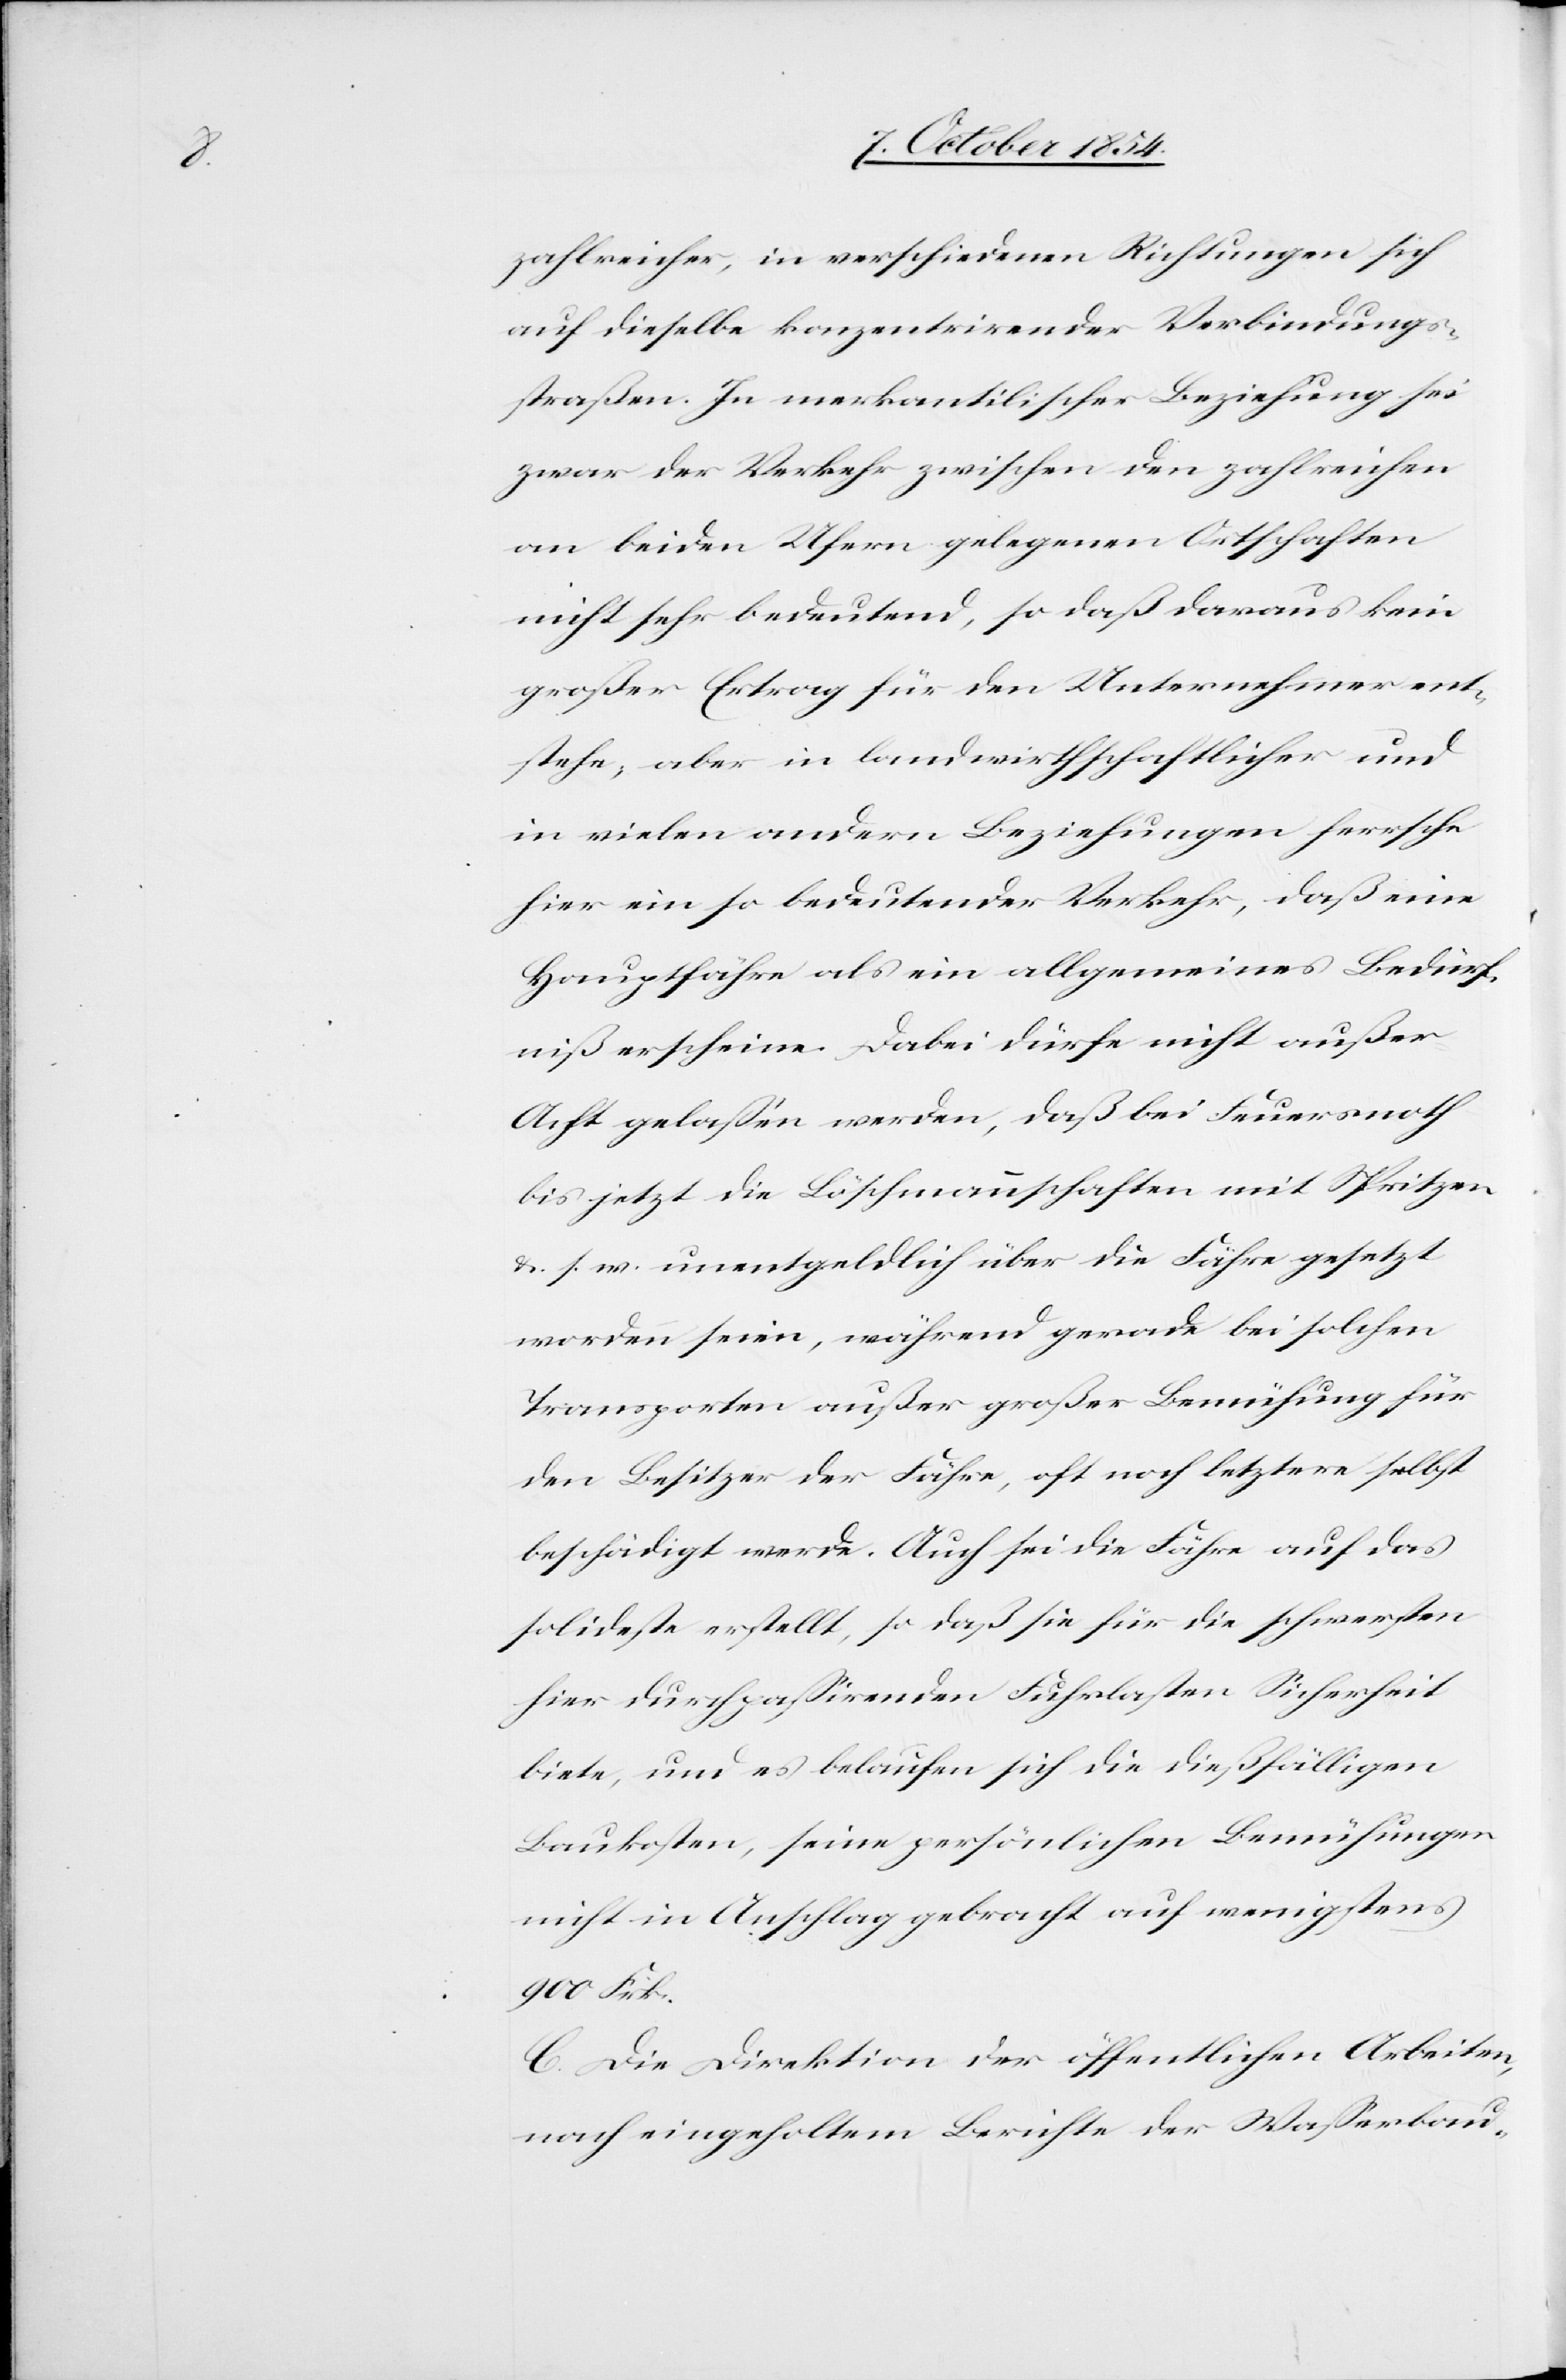
zahlreicher, in verschiedenen Richtungen sich
auf dieselbe konzentrirender Verbindungs¬
straßen. In merkantilischer Beziehung sei
zwar der Verkehr zwischen den zahlreichen
an beiden Ufern gelegenen Ortschaften
nicht sehr bedeutend, so daß daraus kein
großer Ertrag für den Unternehmer ent¬
stehe, aber in landwirthschaftlicher und
in vielen andern Beziehungen herrsche
hier ein so bedeutender Verkehr, daß eine
Hauptfähre als ein allgemeines Bedürf¬
niß erscheine. Dabei dürfe nicht außer
Acht gelaßen werden, daß bei Feuersnoth
bis jetzt die Löschmannschaften mit Spritzen
u. s. w. unentgeldlich über die Fähre gesetzt
worden seien, während gerade bei solchen
Transporten außer großer Bemühung für
den Besitzer der Fähre, oft noch letztere selbst
beschädigt werde. Auch sei die Fähre auf das
solideste erstellt, so daß sie für die schwersten
hier durchpaßirenden Fuhrlasten Sicherheit
biete, und es belaufen sich die dießfälligen
Baukosten, seine persönlichen Bemühungen
nicht in Anschlag gebracht auf wenigstens
900 Frk.
C. Die Direktion der öffentlichen Arbeiten,
nach eingeholtem Berichte der Waßerbau-